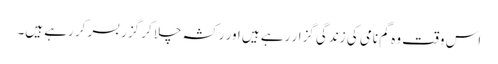
اس وقت وہ گم نامی کی زندگی گزار رہے ہیں اور رکشہ چلا کر گزر بسر کر رہے ہیں۔